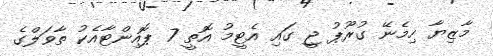
މާޒިޔާ ހިމެނޭ ގުރޫޕު ޖީ ގައި އެޓީމު އޮތީ 7 ޕޮއިންޓާއެކު ތާވަލްގެ